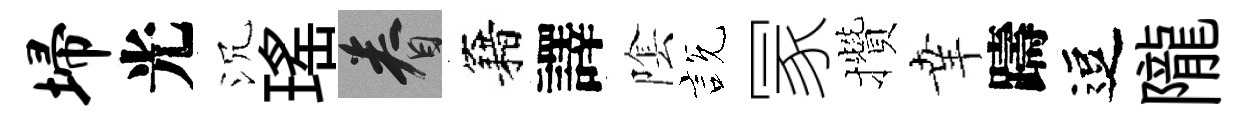
埽光沉瑤眷籍譯隂説冡攢𦍒躊逗隴